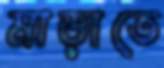
মাড়াতে